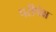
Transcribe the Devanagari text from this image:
परीपेक्ष